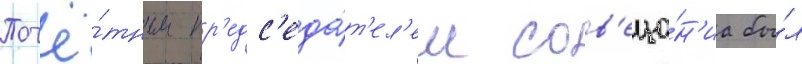
Почё́тным пр'едс'еда́т'ел'ем сов'еща́н'иа бы́л